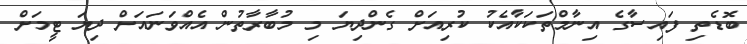
ބޮޑެތި ފައިސާގެ އިނާމްތަކަކާއެކު ކުރިއަށް ގެންދިޔަ މި މުބާރާތުން އެއްވަނައަށް ދިޔަ ޓީމަށް